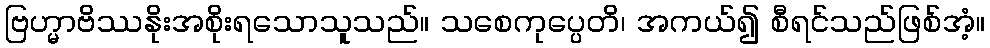
ဗြဟ္မာဗိဿနိုးအစိုးရသောသူသည်။ သစေကုပ္ပေတိ၊ အကယ်၍ စီရင်သည်ဖြစ်အံ့။